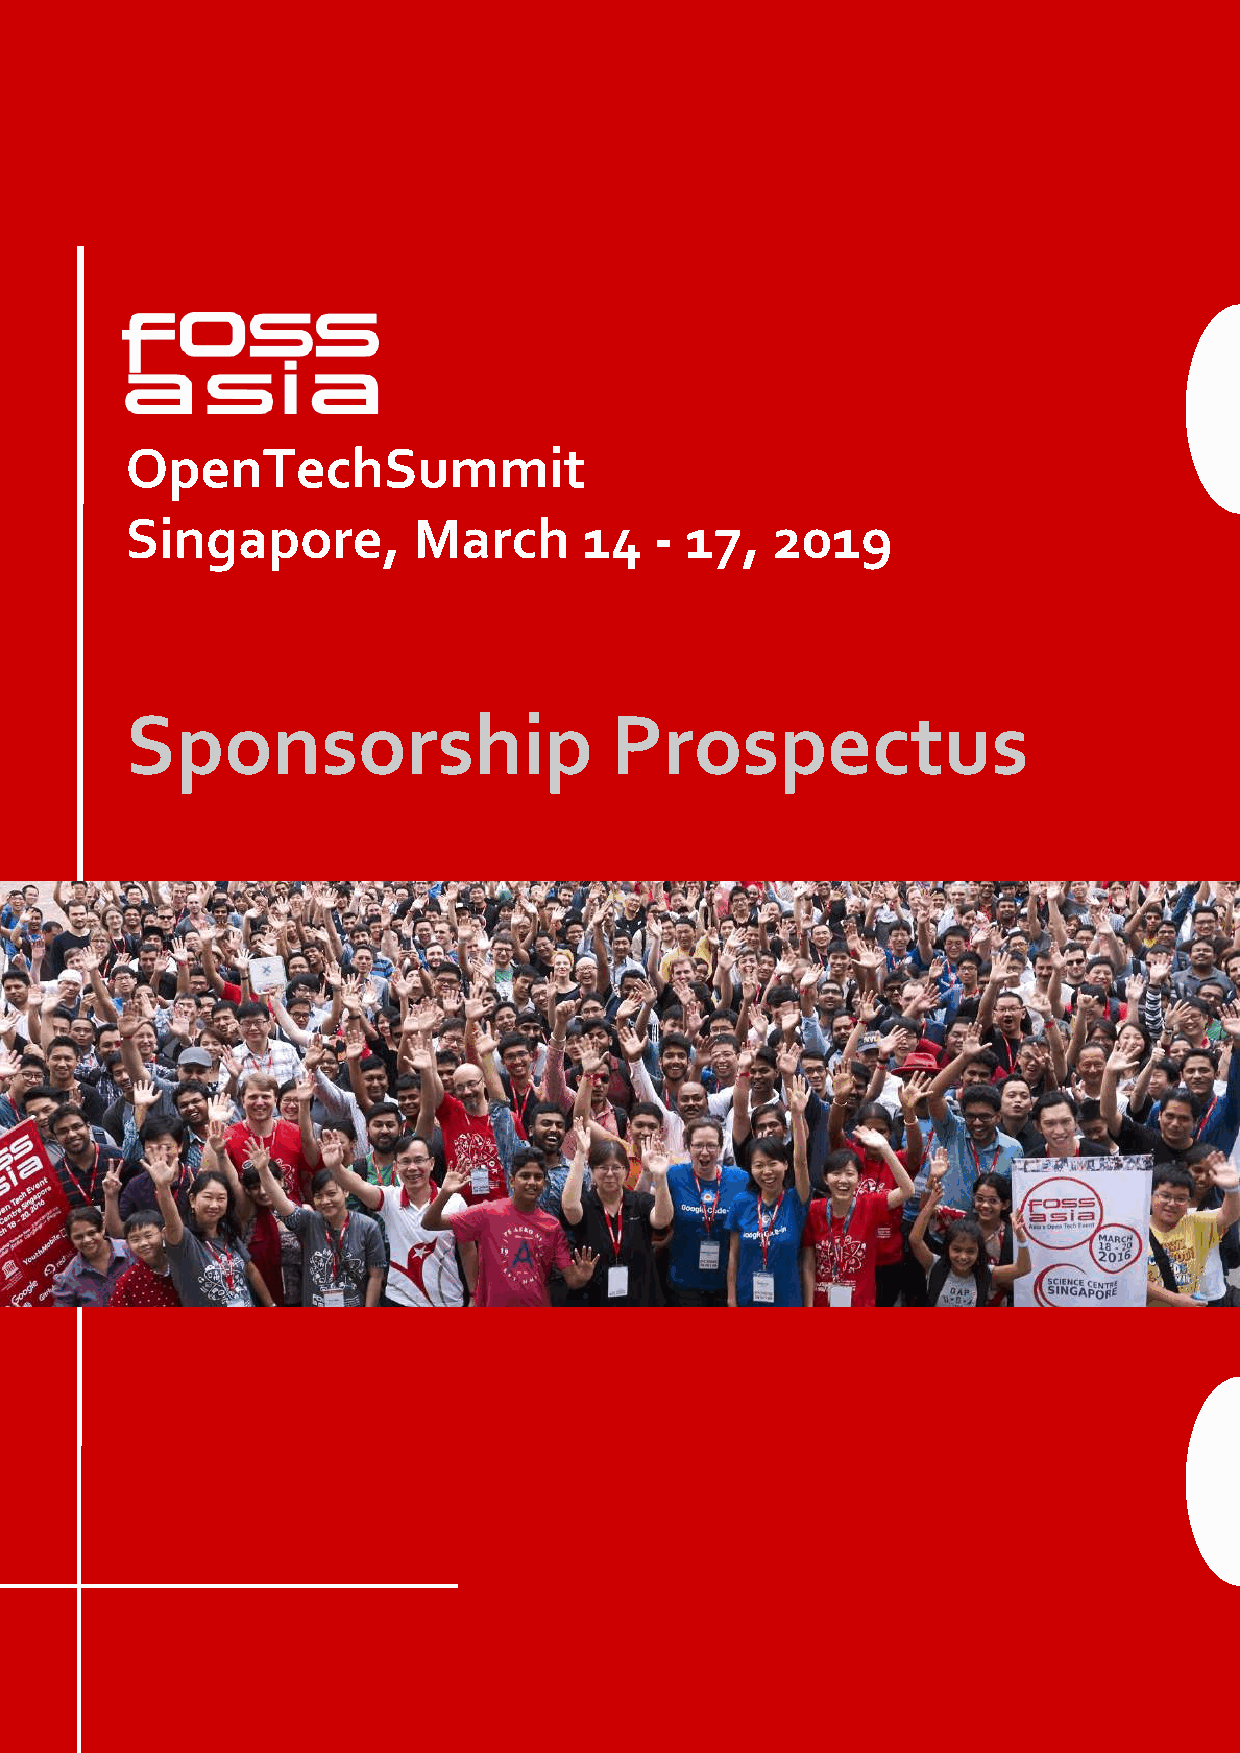
OpenTechSummit
 Singapore,         March       14  - 17,   2019
 Sponsorship                     Prospectus